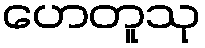
ဟေတူသု